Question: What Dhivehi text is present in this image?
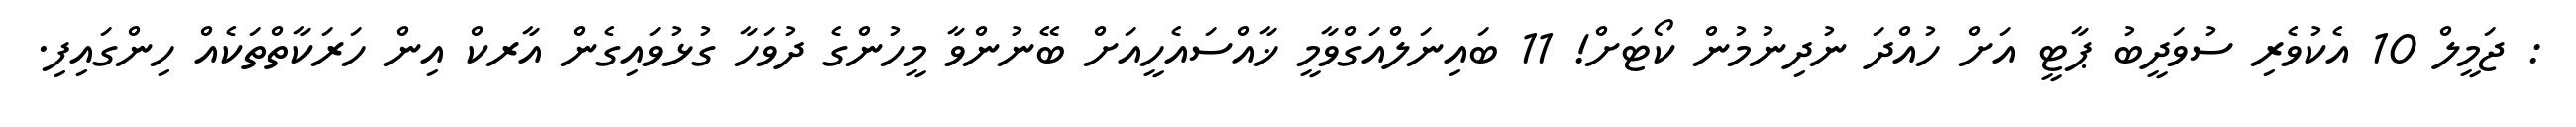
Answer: : ޖަމީލް 10 އެކުވެރި ސުވަދީބު ޕާޓީ އަށް ހުއްދަ ނުދިނުމުން ކޯޓަށް! 11 ބައިނަލްއަގްވާމީ ޚާއްސައެހީއަށް ބޭނުންވާ މީހުންގެ ދުވަހާ ގުޅުވައިގެން އާރކް އިން ހަރަކާތްތަކެއް ހިންގައިފި.